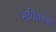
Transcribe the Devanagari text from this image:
भविकांची